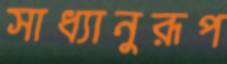
সাধ্যানুরূপ